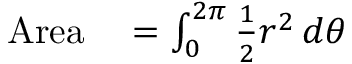
\begin{array} { r l } { \mathrm { A r e a } } & { { } { } = \int _ { 0 } ^ { 2 \pi } { \frac { 1 } { 2 } } r ^ { 2 } \, d \theta } \end{array}